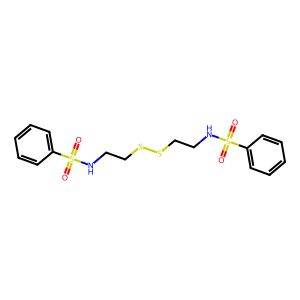
SMILES: O=S(=O)(NCCSSCCNS(=O)(=O)c1ccccc1)c1ccccc1
Inhibits HIV replication: No